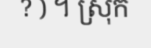
? ) ។ ស្រុក